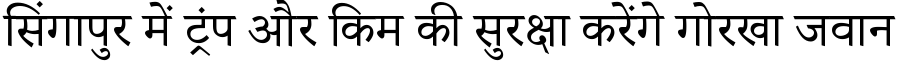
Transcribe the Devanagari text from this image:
सिंगापुर में ट्रंप और किम की सुरक्षा करेंगे गोरखा जवान